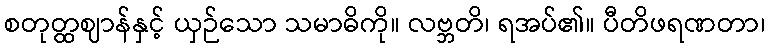
စတုတ္ထဈာန်နှင့် ယှဉ်သော သမာဓိကို။ လဗ္ဘတိ၊ ရအပ်၏။ ပီတိဖရဏတာ၊